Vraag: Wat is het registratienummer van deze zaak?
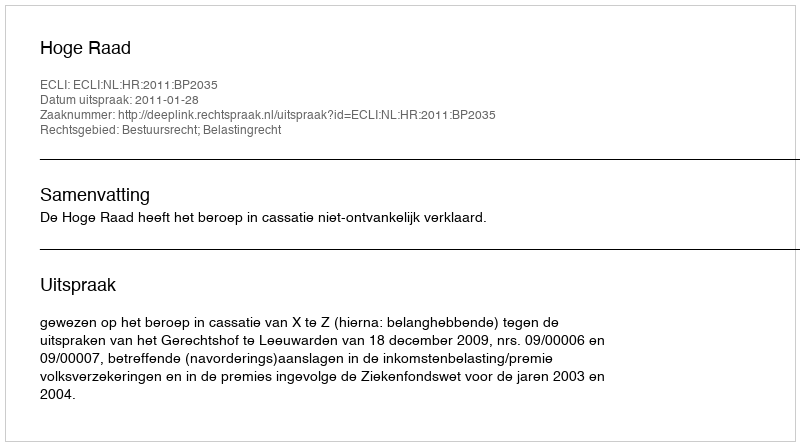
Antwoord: http://deeplink.rechtspraak.nl/uitspraak?id=ECLI:NL:HR:2011:BP2035